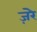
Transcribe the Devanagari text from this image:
ज़ेरे